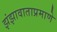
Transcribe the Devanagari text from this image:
झंझावाताप्रमाणे